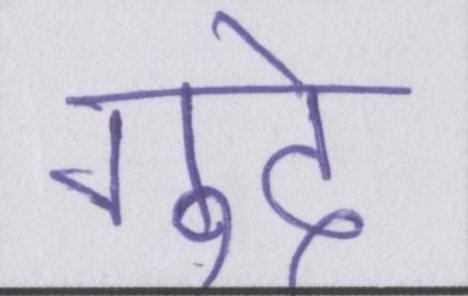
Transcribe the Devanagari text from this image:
गूदे